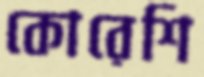
কোরেশি